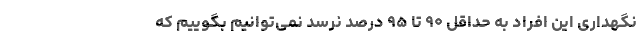
نگهداری این افراد به حداقل ۹۰ تا ۹۵ درصد نرسد نمی‌توانیم بگوییم که